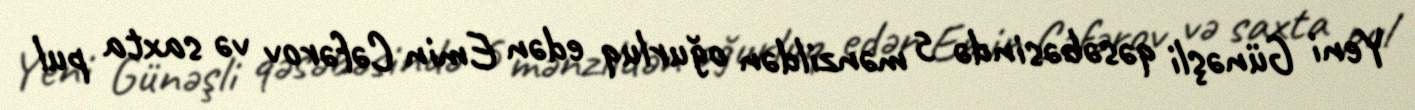
Yeni Günəşli qəsəbəsində 5 mənzildən oğurluq edən Emin Cəfərov və saxta pul